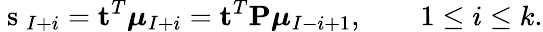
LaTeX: \mathrm{~s~}_{I+i}=\mathbf{t}^{T}\boldsymbol{\mu}_{I+i}=\mathbf{t}^{T}\mathbf{P}\boldsymbol{\mu}_{I-i+1},\qquad 1\leq i\leq k.